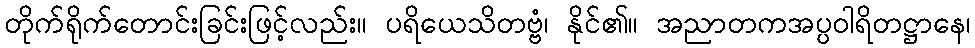
တိုက်ရိုက်တောင်းခြင်းဖြင့်လည်း။ ပရိယေသိတဗ္ဗံ၊ နိုင်၏။ အညာတကအပ္ပဝါရိတဋ္ဌာနေ၊